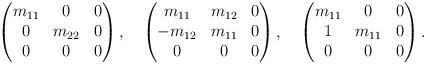
LaTeX: \begin{align*} \begin{pmatrix} m_{11} & 0 & 0\\ 0 & m_{22} & 0\\ 0 & 0 & 0\end{pmatrix},\quad\begin{pmatrix} m_{11} & m_{12} & 0\\ -m_{12} & m_{11} & 0\\ 0 & 0 & 0\end{pmatrix},\quad\begin{pmatrix} m_{11} & 0 & 0\\ 1 & m_{11} & 0\\ 0 & 0 & 0\end{pmatrix}.\end{align*}